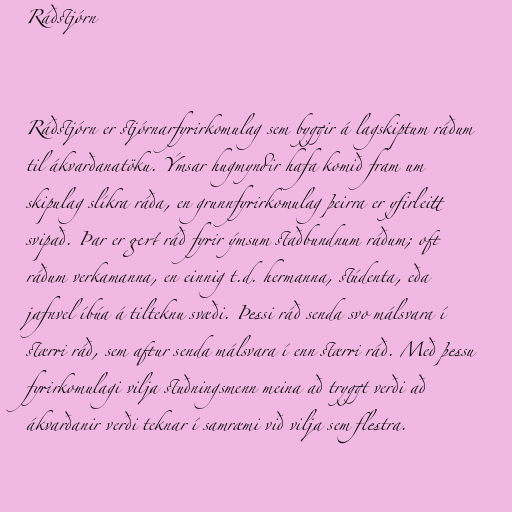
Ráðstjórn

Ráðstjórn er stjórnarfyrirkomulag sem byggir á lagskiptum ráðum
til ákvarðanatöku. Ýmsar hugmyndir hafa komið fram um
skipulag slíkra ráða, en grunnfyrirkomulag þeirra er yfirleitt
svipað. Þar er gert ráð fyrir ýmsum staðbundnum ráðum; oft
ráðum verkamanna, en einnig t.d. hermanna, stúdenta, eða
jafnvel íbúa á tilteknu svæði. Þessi ráð senda svo málsvara í
stærri ráð, sem aftur senda málsvara í enn stærri ráð. Með þessu
fyrirkomulagi vilja stuðningsmenn meina að tryggt verði að
ákvarðanir verði teknar í samræmi við vilja sem flestra.